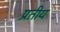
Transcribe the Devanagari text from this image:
प्रतीय